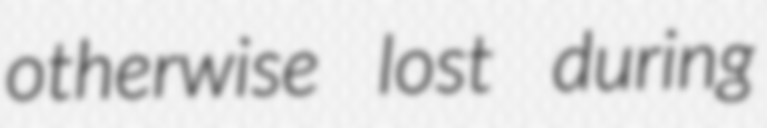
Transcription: otherwise lost during